38_143685_box_Incident_Summaries_101-172
Agency: Department of War
Page 60
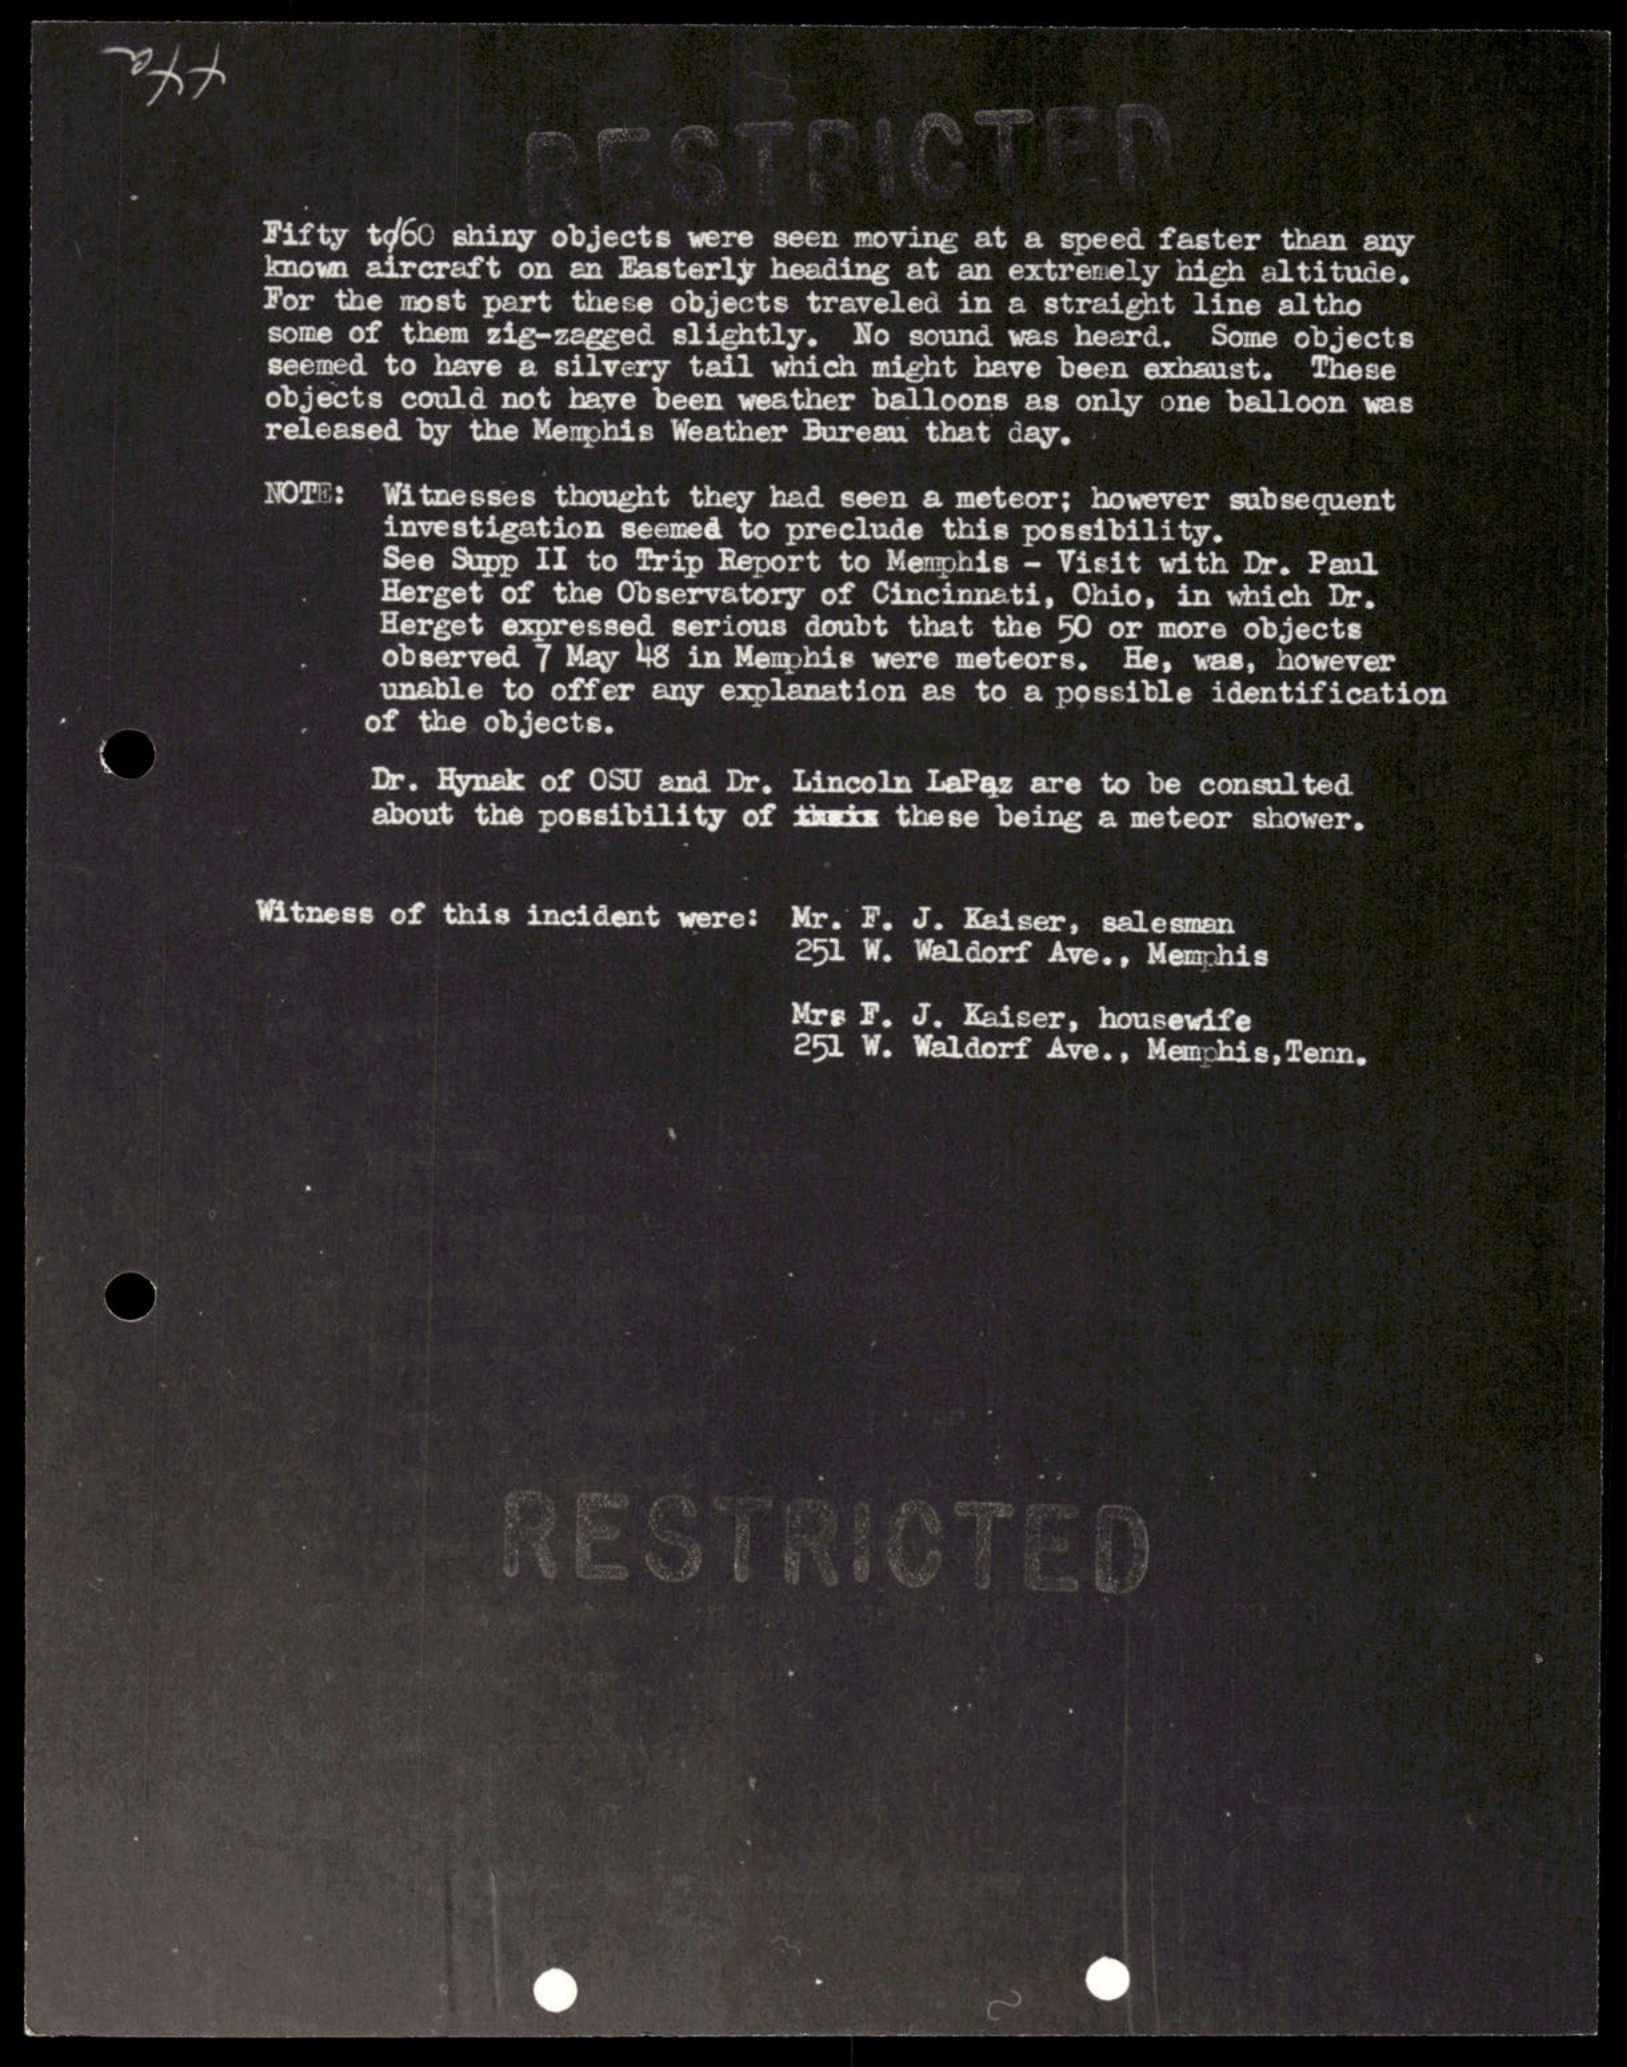